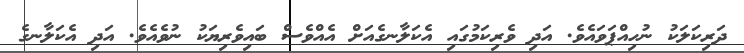
ދަރިކަލަކު ނުހިއްޕަވައެވެ. އަދި ވެރިކަމުގައި އެކަލާނގެއަށް އެއްވެސް ބައިވެރިޔަކު ނުވެއެވެ. އަދި އެކަލާނގެ